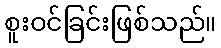
စူးဝင်ခြင်းဖြစ်သည်။